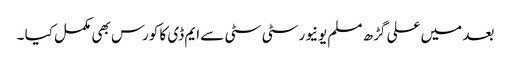
بعد میں علی گڑھ مسلم یونیورسٹی سٹی سے ایم ڈی کا کورس بھی مکمل کیا ۔